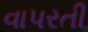
વાપરતી